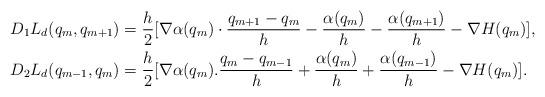
LaTeX: \begin{align*}D_1 L_d (q_{m},q_{m+1}) &=\frac{h}{2}[ \nabla \alpha(q_{m})\cdot \frac{q_{m+1}-q_{m}}{h} -\frac{\alpha(q_{m})}{h}-\frac{\alpha(q_{m+1})}{h} -\nabla H(q_{m})],\\D_2 L_d (q_{m-1},q_{m}) &=\frac{h}{2}[ \nabla \alpha(q_{m}).\frac{q_{m}-q_{m-1}}{h} + \frac{\alpha(q_{m})}{h}+\frac{\alpha (q_{m-1})}{h} -\nabla H(q_{m})].\end{align*}